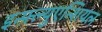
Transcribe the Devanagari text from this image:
इन्फ़्ल्युएन्शियल